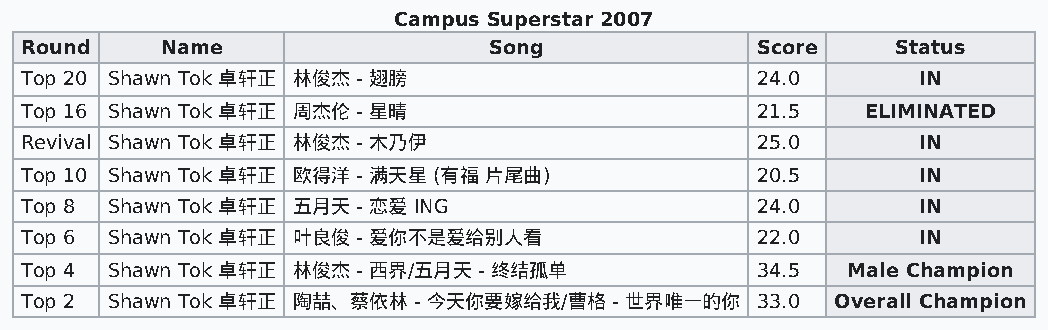
Campus Superstar 2007
 Round     Name                 Song              Score    Status
 Top 20 Shawn Tok 卓轩正 林俊杰 - 翅膀                    24.0       IN
 Top 16 Shawn Tok 卓轩正 周杰伦 - 星晴                    21.5   ELIMINATED
 Revival Shawn Tok 卓轩正 林俊杰 - 木乃伊                  25.0       IN
 Top 10 Shawn Tok 卓轩正 欧得洋 - 满天星 (有福 片尾曲)          20.5       IN
 Top 8 Shawn Tok 卓轩正 五月天 - 恋爱 ING                 24.0       IN
 Top 6 Shawn Tok 卓轩正 叶良俊 - 爱你不是爱给别人看              22.0       IN
 Top 4 Shawn Tok 卓轩正 林俊杰 - 西界/五月天 - 终结孤单          34.5  Male Champion
 Top 2 Shawn Tok 卓轩正 陶喆、蔡依林 - 今天你要嫁给我/曹格 - 世界唯一的你 33.0 Overall Champion